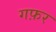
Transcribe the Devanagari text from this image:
गफ़र